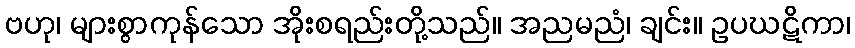
ဗဟု၊ များစွာကုန်သော အိုးစရည်းတို့သည်။ အညမညံ၊ ချင်း။ ဥပဃဋိကာ၊